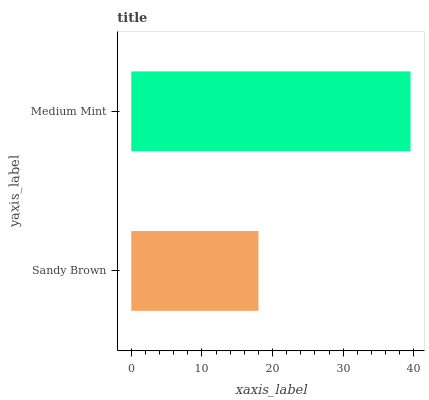
| yaxis_label | bars |
 | --- | --- |
 | Sandy Brown | 18 |
 | Medium Mint | 39.5 |